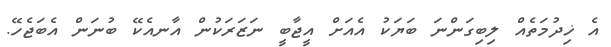
އެ ޚިދުމަތެއް ލިބިގަންނަ ބަޔަކު އެއަށް އީޖާބީ ނަޒަރަކުން އާނއެކޭ ބުނަން އެބަޖެހޭ.